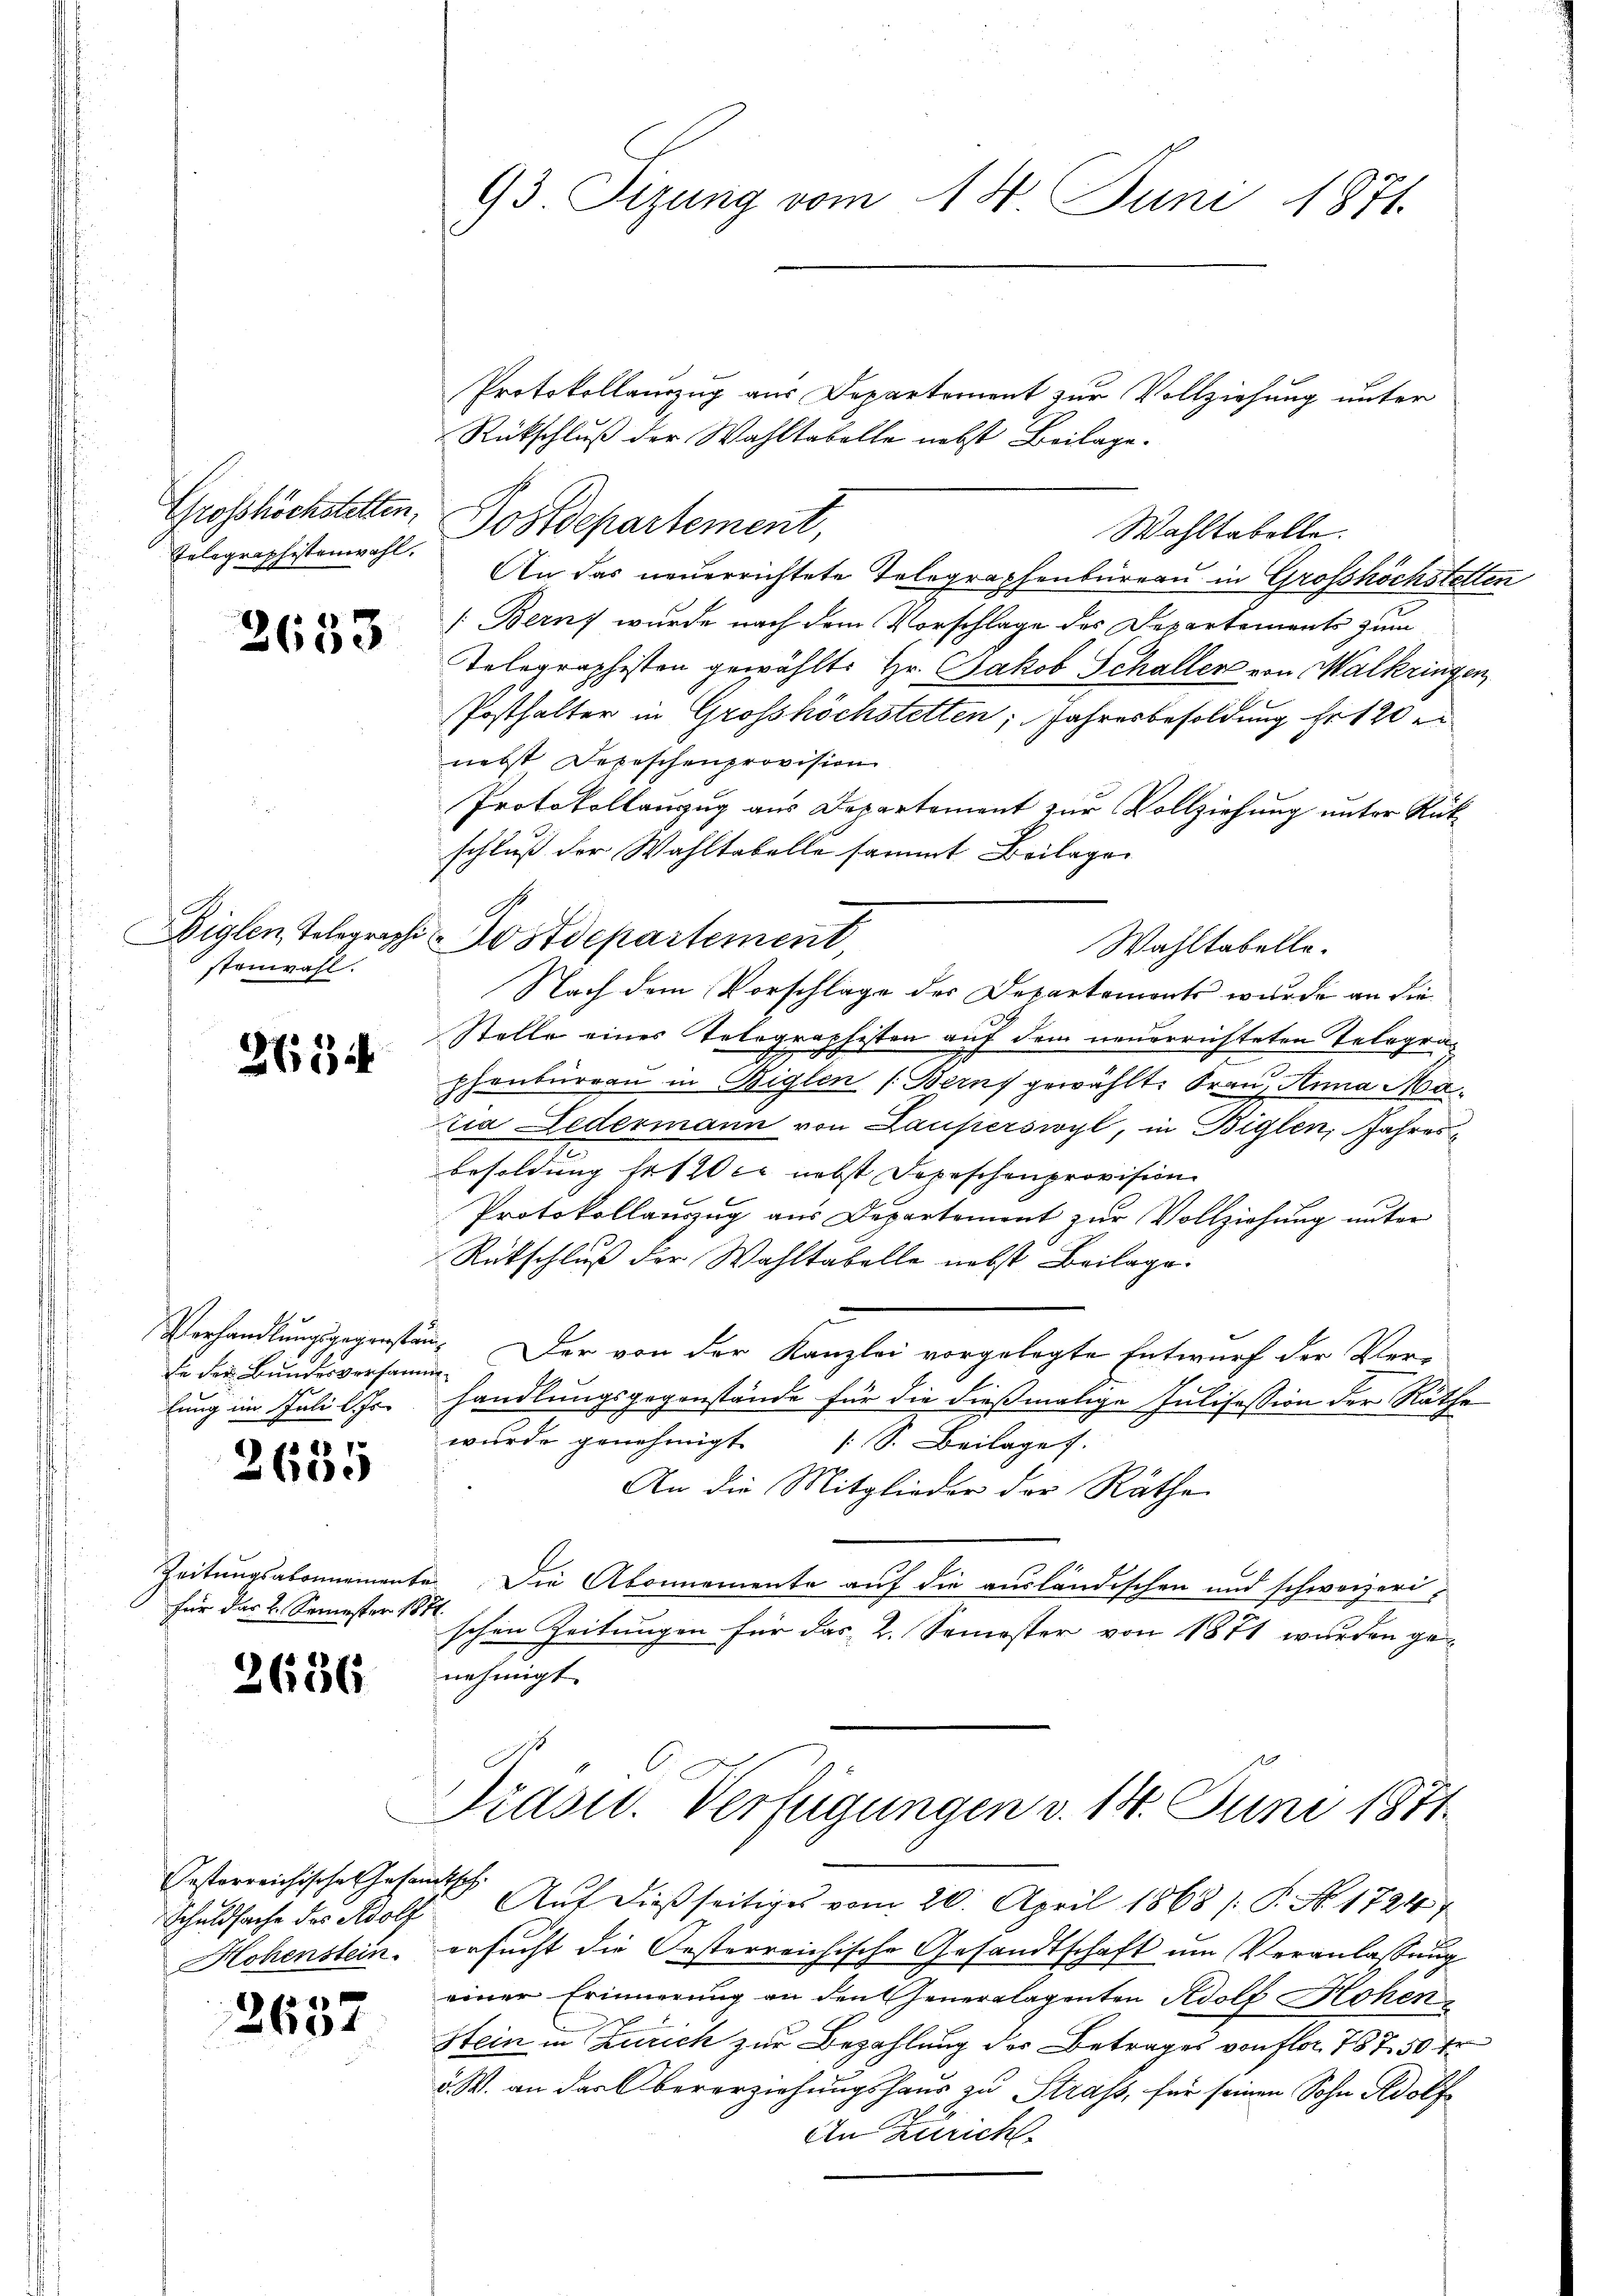
93 Tizung vom 14. Juni 1871.

Rückschluß der Wahltabelle nebst Beilage.
An das neuerrichtete Telegraphenbüreau in Grosshöchstelten
[Berns wurde nach dem Vorschlage des Departements zum
Telegraphisten gewählte Hr. Jakob Schaller von Malkringen,
Posthalter in Grosshöchstetten; Jahresbesoldung hr 120 e
nebst Depeschenprovision
Protokollauszug aus Departement zur Vollziehung unter Rükschluß der Wahltabelle sammt Beilagen
Stelle eines Telegraphisten auf dem neuerrichteten Telegraphenbureau in Biglen (Bern gewählt. Frau, Anna Ma
ria Ledermann von Lauperswyl, in Biglen, Jahresbesoldung hat er nebst Depeschenprovision
Protokollauszug aus Departement zŭr Vollziehung unter
Rütschluß der Wahltabelle nebst Beilage.
 Der von der Kanzlei vorgelegte Entwurf der Ver-
.
handlungsgegenstände für die dießmalige Julisession der Räthe
wurde genehmigt (S. Beilages.
An die Mitglieder der Räthe
Die Abonnemente auf die ausländischen und schweizeri-
1
schen Zeitungen für das 2. Semester von 1871 wurden ge-
nehmigt.

Protokollauszug aus Departement zur Vollziehung unter

Grosshöchstetten,
Telegraphistenwahl.

Wahltabelle.

Postdepartement,

2633

Diglen, Telegraphi
stonwahl.

Postdepartement,

Wahltabelle.
Nach dem Vorschlage des Departements wurde an die

365

Verhandlungsgegensten
de der Bundesverhand
lung im Juli l. Js.

§ 88 1
2bod

Zeitungsabonnement
für das 2. Semester 181

2686

Präsid.. Verfügungen v. 14. Juni 1871.

Schuldsache des Adolf Aŭf dieβ seitiges vom 20. April 1868 / P. No. 1724
ersucht die Oesterreichische Gesandtschaft um Veranlassung
einer Erinnerung an den Generalagenten Adolf Hohen
Stein in Zürich zur Bezahlung des Betrages von flor 187 50 fr
d. W. an der Obererziehungshaus zu Strass, für seinen Sohn Adolf

esterreichisches Gesamtsch.
Hohenstein.

An Zürich

2657